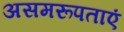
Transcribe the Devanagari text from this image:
असमरूपताएं